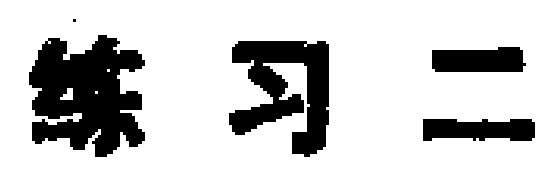
练习二